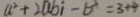
a ^ { 2 } + 2 a b i - b ^ { 2 } = 3 + 4